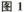
图1